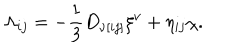
\Lambda _ { i j } = - { \frac { 1 } { 3 } } D _ { \nu [ i j ] } \xi ^ { \nu } + \eta _ { i j } \chi .